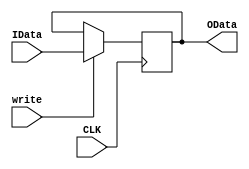
`timescale 1ns / 1ps

module SameRegister(
        input CLK,
        input [31:0] IData,
        input write,
        output reg[31:0] OData
    );

    initial begin 
        OData = 0;
    end

    always@(posedge CLK) begin
        if (write == 1) OData <= IData;
    end
endmodule